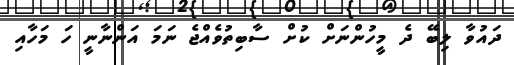
ދައުވާ ލިބޭ ދެ މީހުންނަށް ކުށް ސާބިތުވެއްޖެ ނަމަ އަންނާނީ ހަ މަހާއި